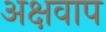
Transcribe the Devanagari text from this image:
अक्षवाप